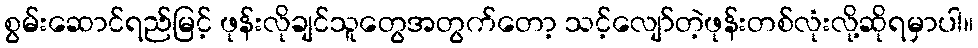
စွမ်းဆောင်ရည်မြင့် ဖုန်းလိုချင်သူတွေအတွက်တော့ သင့်လျော်တဲ့ဖုန်းတစ်လုံးလို့ဆိုရမှာပါ။